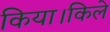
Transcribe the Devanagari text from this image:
किया।किले